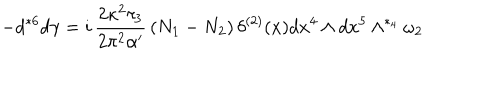
LaTeX: - d { } ^ { * 6 } d \gamma = i \, \frac { 2 \kappa ^ { 2 } \tau _ { 3 } } { 2 \pi ^ { 2 } \alpha ^ { \prime } } \, ( N _ { 1 } - N _ { 2 } ) \, \delta ^ { ( 2 ) } ( x ) d x ^ { 4 } \wedge d x ^ { 5 } \wedge ^ { * _ { 4 } } \omega _ { 2 }